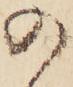
の